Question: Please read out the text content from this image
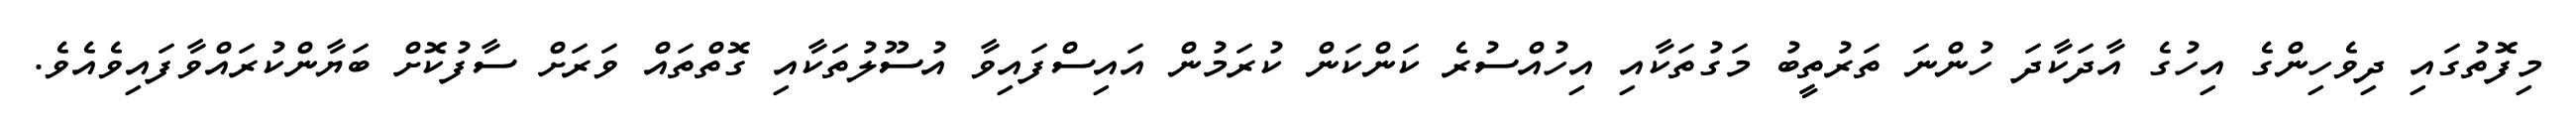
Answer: މިފޮތުގައި ދިވެހިންގެ އިހުގެ އާދަކާދަ ހުންނަ ތަރުތީބު މަގުތަކާއި އިހުއްސުރެ ކަންކަން ކުރަމުން އައިސްފައިވާ އުސޫލުތަކާއި ގޮތްތައް ވަރަށް ސާފުކޮށް ބަޔާންކުރައްވާފައިވެއެވެ.